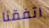
اتفقنا